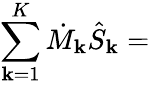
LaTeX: \sum_{\mathbf{k}=1}^{K}{\dot{{M}}}_{\mathbf{k}}{\hat{{S}}}_{\mathbf{k}}={}